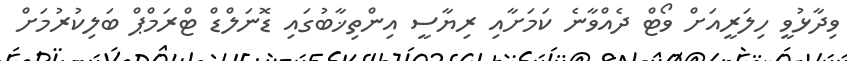
ވިދާޅުވީ ހިލަރީއަށް ވޯޓް ދެއްވާނެ ކަމަށާއި ރިޔާސީ އިންތިޚާބުގައި ޑޮނަލްޑް ޓްރަމްޕް ބަލިކުރުމަށް